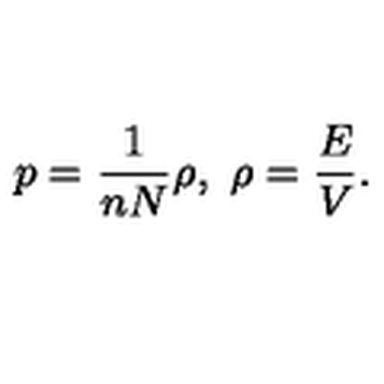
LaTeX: p = \frac { 1 } { n N } \rho , \ \rho = \frac { E } { V } .